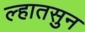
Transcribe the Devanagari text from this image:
ल्हातसुन